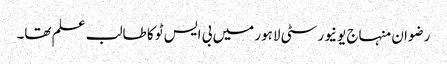
رضوان منہاج یونیورسٹی لاہور میں بی ایس ٹو کا طالب علم تھا۔